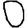
Digit: 0